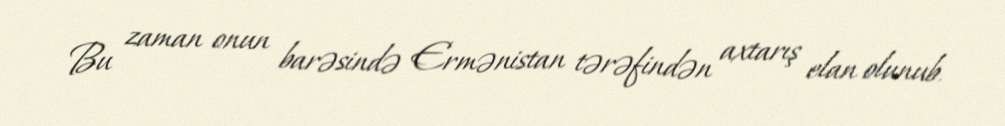
Bu zaman onun barəsində Ermənistan tərəfindən axtarış elan olunub.